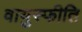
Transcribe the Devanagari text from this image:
वायुस्फीति